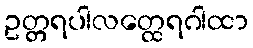
ဥတ္တရပါလတ္ထေရဂါထာ